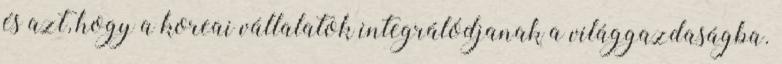
és azt, hogy a koreai vállalatok integrálódjanak a világgazdaságba.